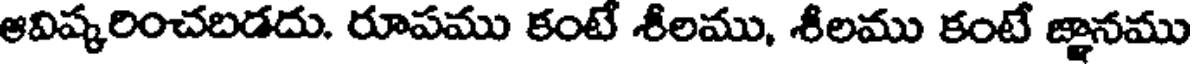
ఆవిష్కరించబడదు. రూపము కంటే శీలము, శీలము కంటే జ్ఞానము